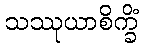
သဿုယာစိက္ခိံ